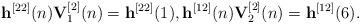
LaTeX: \begin{align*}{{\bf{h}}^{[22]}}(n){\bf{V}}_1^{[2]}(n) = {{\bf{h}}^{[22]}}(1),{{\bf{h}}^{[12]}}(n){\bf{V}}_2^{[2]}(n) = {{\bf{h}}^{[12]}}(6).\end{align*}